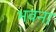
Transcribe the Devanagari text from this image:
भवना